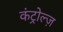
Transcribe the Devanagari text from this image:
कंट्रोल्ज़